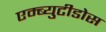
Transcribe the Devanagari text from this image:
एम्ब्युटीडोस